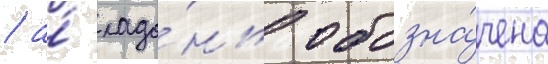
/ а́ ладо́нь обозна́чена